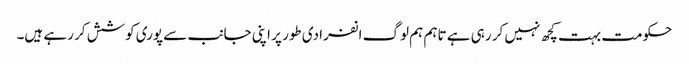
حکومت بہت کچھ نہیں کر رہی ہے تاہم ہم لوگ انفرادی طور پر اپنی جانب سے پوری کوشش کر رہے ہیں۔